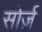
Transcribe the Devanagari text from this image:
सोर्ज़